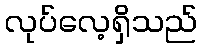
လုပ်လေ့ရှိသည်